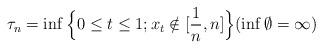
LaTeX: \begin{align*}\tau_n=\inf\Big\{0\le t\le 1; x_t\notin [\frac{1}{n},n]\Big\}(\inf\emptyset=\infty)\end{align*}